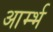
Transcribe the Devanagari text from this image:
आर्म्भ